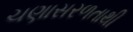
ચણાસરળતાથી